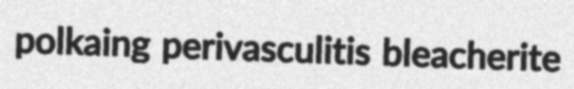
polkaing perivasculitis bleacherite